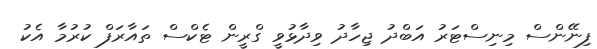
ފިނޭންސް މިނިސްޓަރު އަބްދު ޖިހާދު ވިދާޅުވީ ގްރީން ޓެކްސް ތައާރަފް ކުރުމާ އެކު